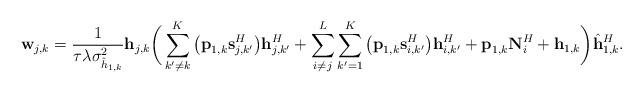
LaTeX: \begin{align*}\textbf{w}_{j,k} = \frac{1}{\tau\lambda \sigma_{\hat{h}_{1,k}}^2} \textbf{h}_{j,k} \bigg(\sum_{k'\neq k}^{K}\big(\textbf{p}_{1,k} \textbf{s}_{j,k'}^{H} \big)\textbf{h}_{j,k'}^H+\sum_{i\neq j}^L\sum_{k'=1}^{K}\big(\textbf{p}_{1,k}\textbf{s}_{i,k'}^H \big)\textbf{h}_{i,k'}^H + \textbf{p}_{1,k}\textbf{N}_i^H+\textbf{h}_{1,k} \bigg)\hat{\textbf{h}}~\!\!_{1,k}^H.\end{align*}